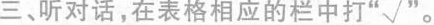
三 、听对话,在表格相应的栏中打"√"